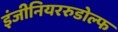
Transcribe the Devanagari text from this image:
इंजीनियररुडोल्फ